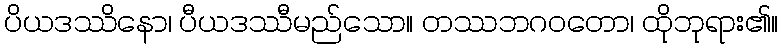
ပိယဒဿိနော၊ ပီယဒဿီမည်သော။ တဿဘဂဝတော၊ ထိုဘုရား၏။